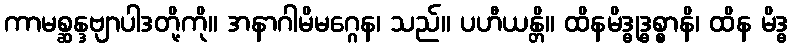
ကာမစ္ဆန္ဒဗျာပါဒတို့ကို။ အနာဂါမိမဂ္ဂေန၊ သည်။ ပဟီယန္တိ။ ထိနမိဒ္ဓုဒ္ဓစ္စာနိ၊ ထိန မိဒ္ဓ